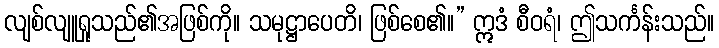
လျစ်လျူရှုသည်၏အဖြစ်ကို။ သမုဋ္ဌာပေတိ၊ ဖြစ်စေ၏။” ဣဒံ စီဝရံ၊ ဤသင်္ကန်းသည်။